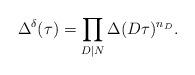
LaTeX: \begin{align*}\Delta^\delta(\tau)=\prod_{D\mid N}\Delta(D\tau)^{n_D}.\end{align*}